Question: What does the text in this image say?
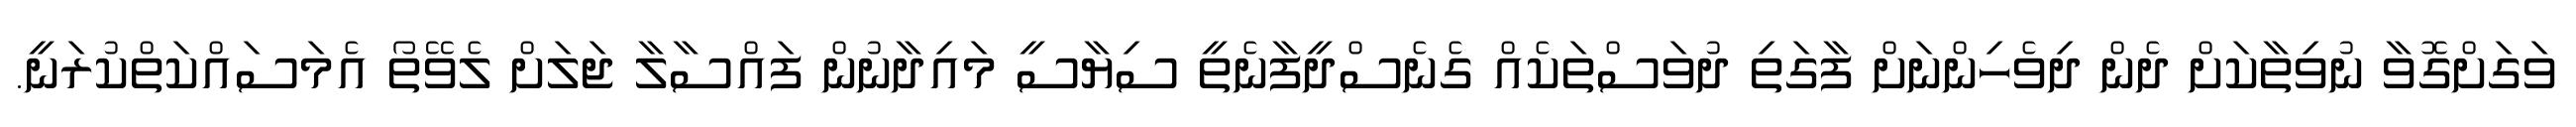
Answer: ވަގަށްގޮވާ ނުވިތާކަށް ދެން ދިވެހިންނަށް ފާގަތި ދުވަސްތަކެއް ގެނެސްދީފާނެތީ ސިޔާސީ މައިދާނުން ފައްސާލާ ޖަލަށް ލެވޭތޯ އެމަސައްކަތްކުރަނީ.